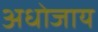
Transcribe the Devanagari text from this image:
अधोजाय